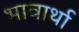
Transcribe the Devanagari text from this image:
भावार्था